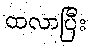
ထလာပြီး